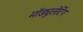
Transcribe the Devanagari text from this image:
मॉड्युलेटिंग